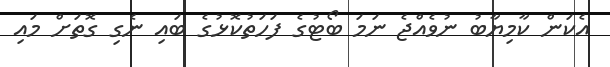
އެކަން ކާމިޔާބު ނުވެއްޖެ ނަމަ ބޯޓުގެ ފަހަތުކޮޅުގެ ބައި ނެގި ގޮތަށް މައި